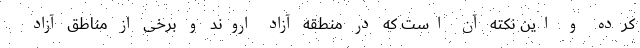
کرده و این نکته آن است که در منطقه آزاد اروند و برخی از مناطق آزاد